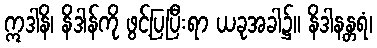
ဣဒါနိ၊ နိဒါန်ကို ဖွင့်ပြပြီးရာ ယခုအခါ၌။ နိဒါနန္တရံ၊